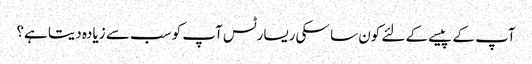
آپ کے پیسے کے لئے کون سا سکی ریسارٹس آپ کو سب سے زیادہ دیتا ہے؟